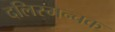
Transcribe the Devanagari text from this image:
दलिस्मन्चक